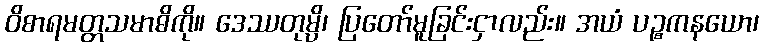
ဝိစာရမတ္တသမာဓိကို။ ဒေဿတုမ္ပိ၊ ပြတော်မူခြင်းငှာလည်း။ အယံ ပဉ္စကနယော၊